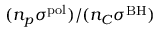
( n _ { p } \sigma ^ { \mathrm { p o l } } ) / ( n _ { C } \sigma ^ { \mathrm { B H } } )